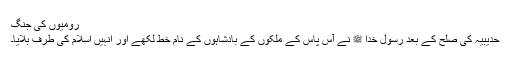
رومیوں کی جنگ
حدیبیہ کی صلح کے بعد رسول خدا ﷺ نے آس پاس کے ملکوں کے بادشاہوں کے نام خط لکھے اور انہیں اسلام کی طرف بلایا۔